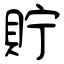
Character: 貯